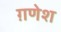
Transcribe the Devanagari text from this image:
ग़णेश